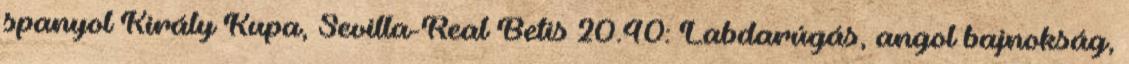
spanyol Király Kupa, Sevilla-Real Betis 20.40: Labdarúgás, angol bajnokság,